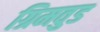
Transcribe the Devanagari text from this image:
ग्रिमवुड